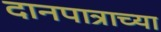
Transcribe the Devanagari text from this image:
दानपात्राच्या